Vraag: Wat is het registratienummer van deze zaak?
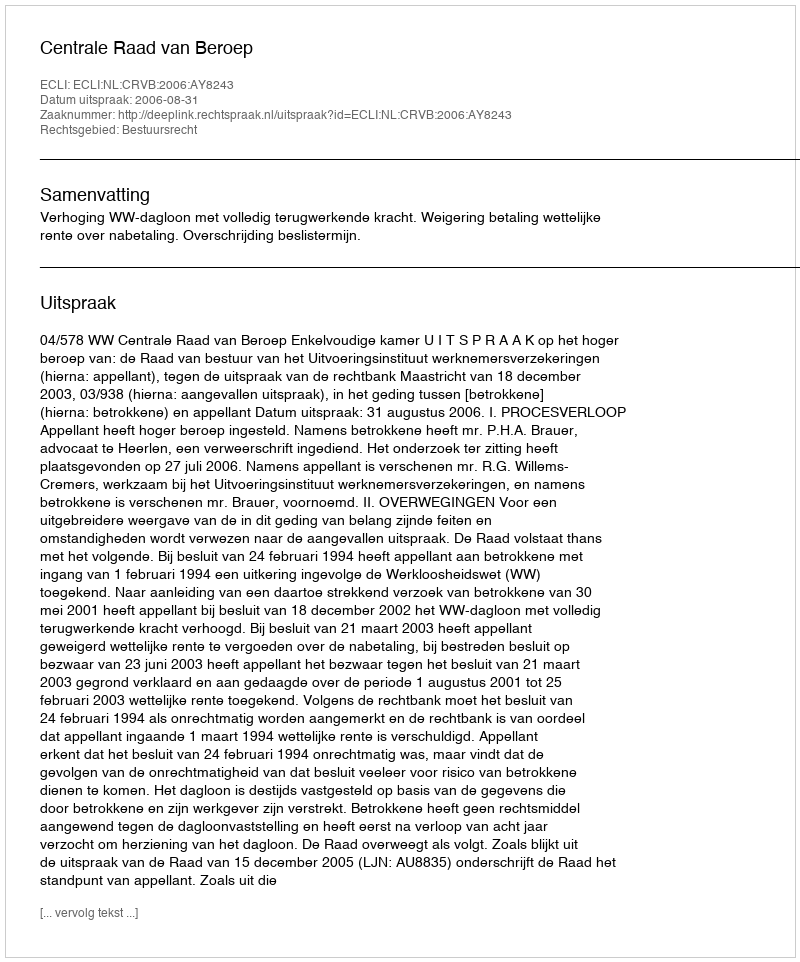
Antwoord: http://deeplink.rechtspraak.nl/uitspraak?id=ECLI:NL:CRVB:2006:AY8243